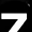
Digit: 7